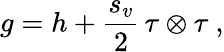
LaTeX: g=h+\frac{s_{v}}2\, \tau\otimes\tau\ ,